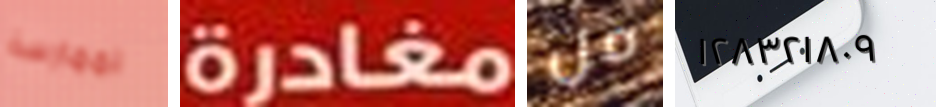
لممارسة مغادرة من ١٢٨٣٢١٨٠٩